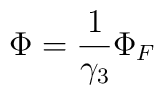
\Phi = \frac{1}{ \gamma_3}  \Phi_F